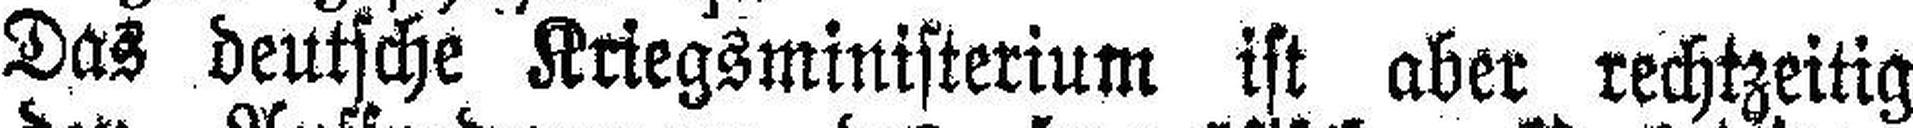
Das deutsche Kriegsministerium ist aber rechtzeitig